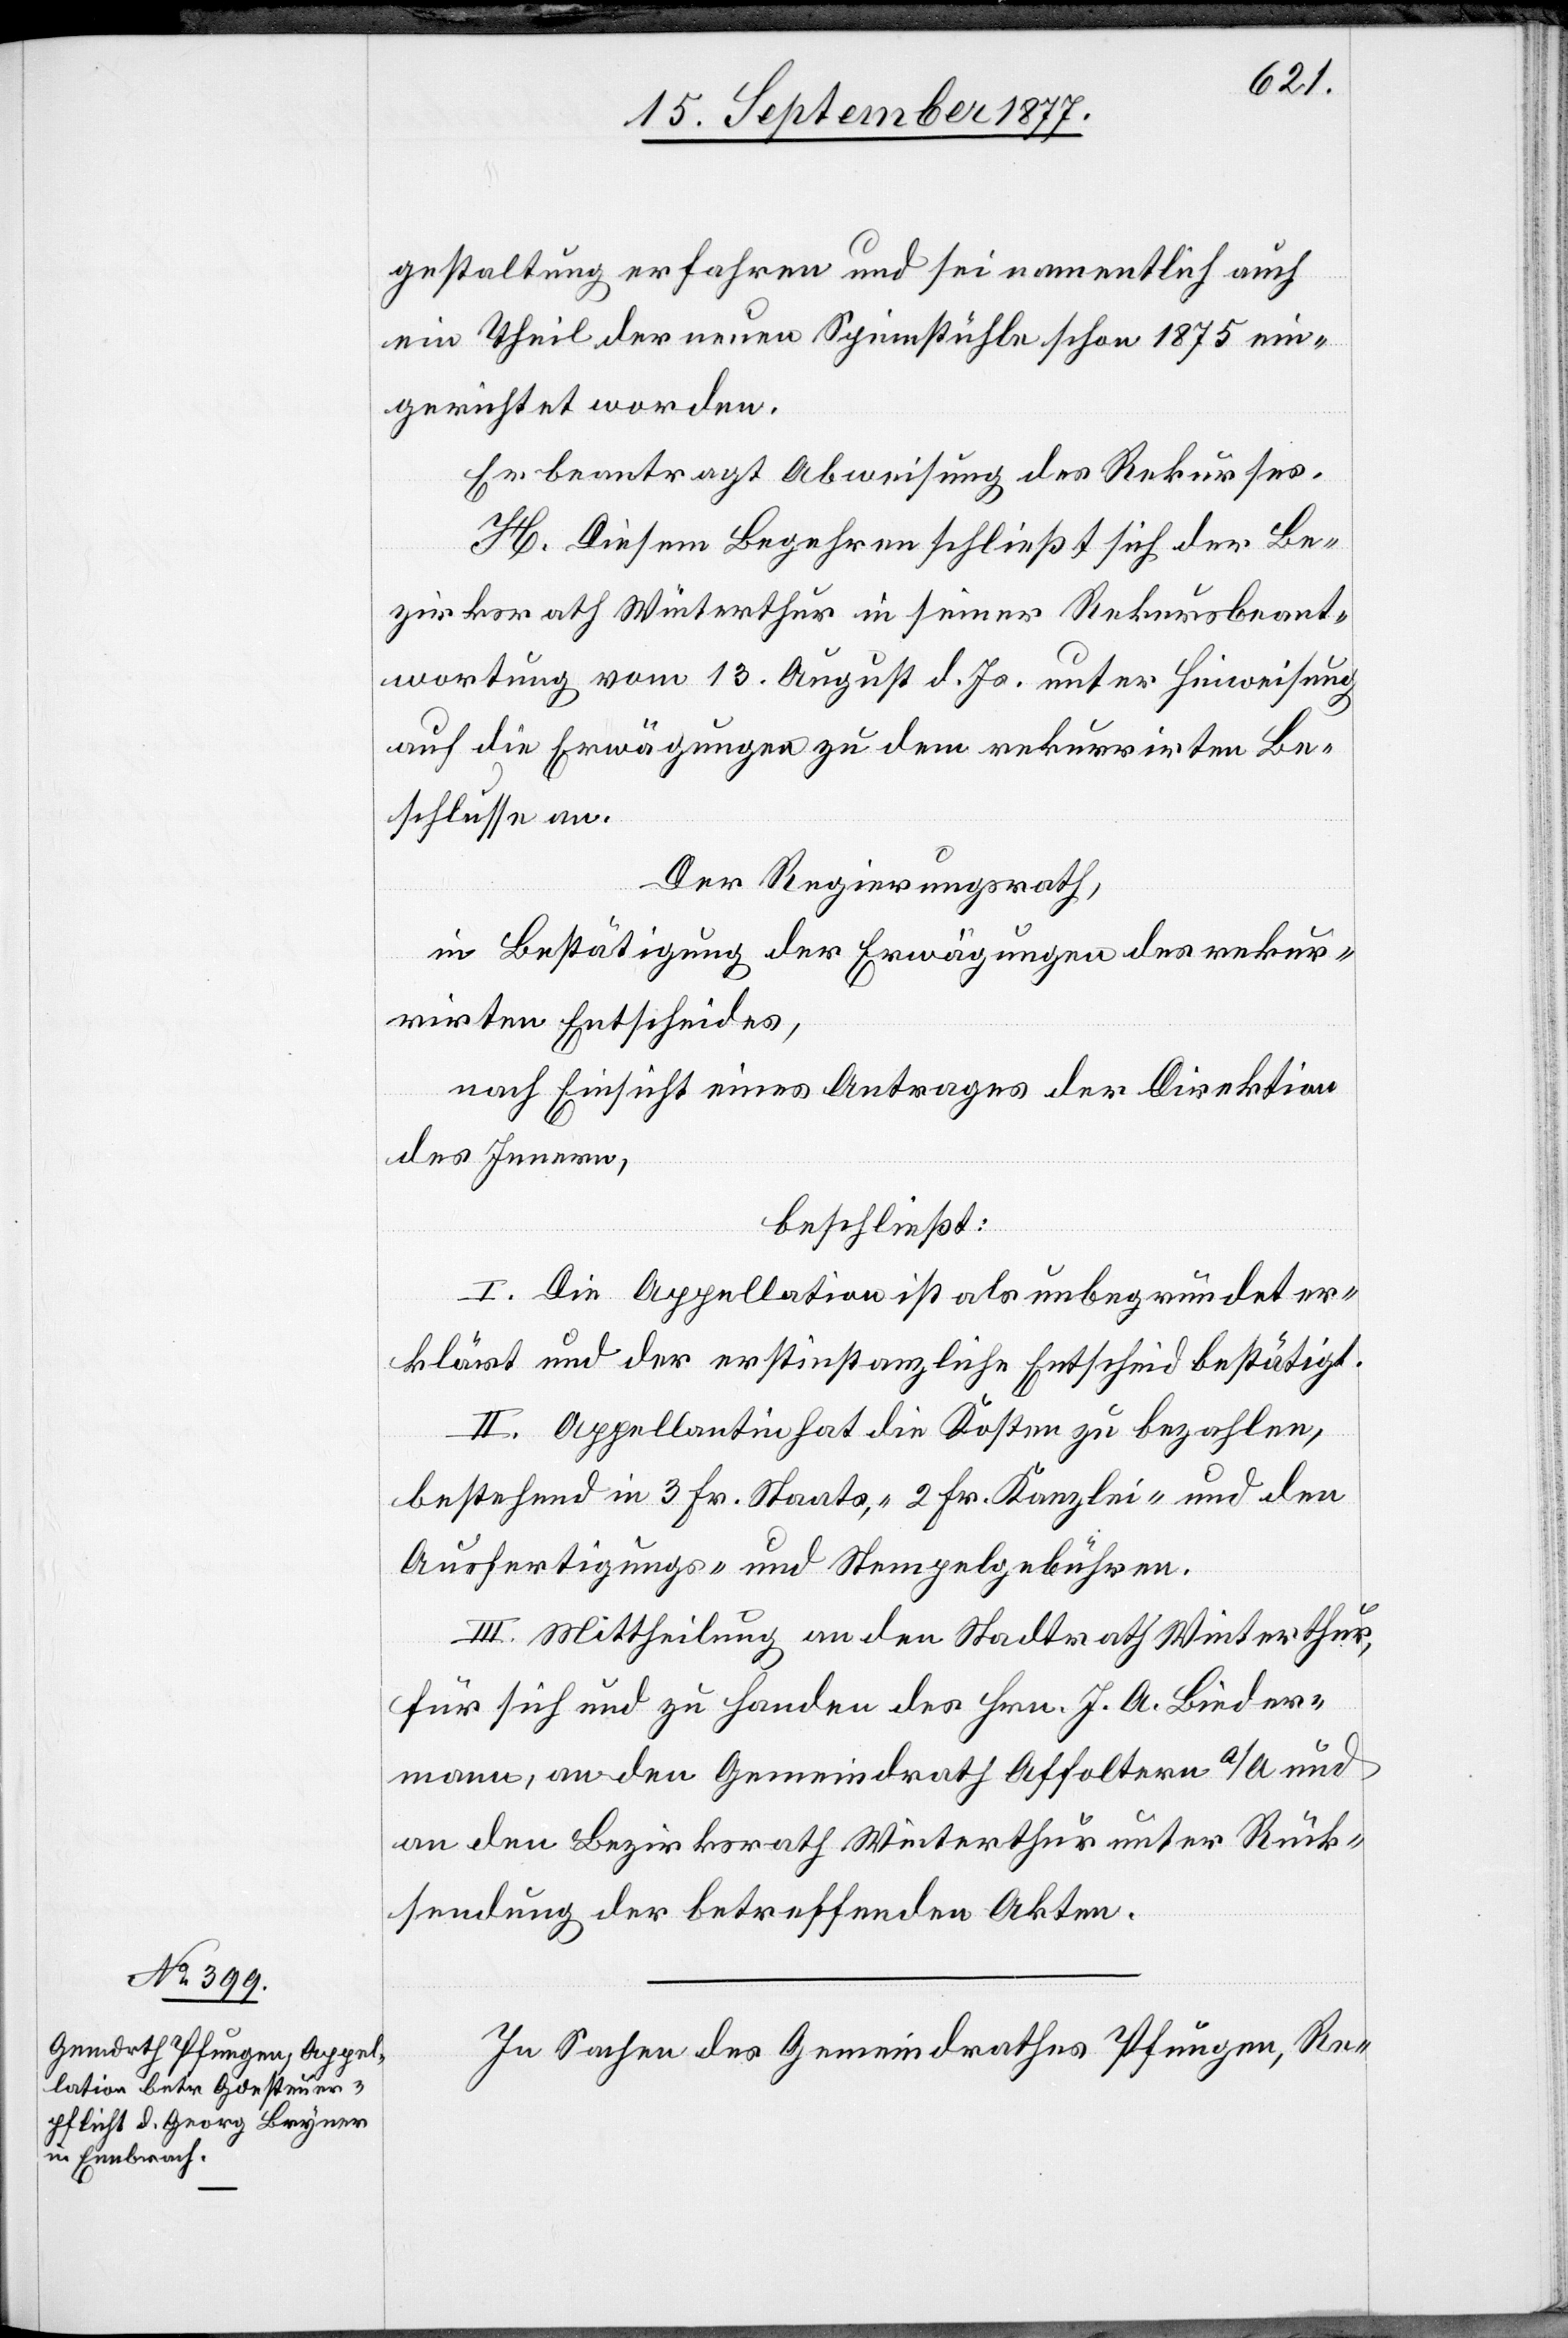
In Sachen des Gemeindrathes Pfungen, Re-